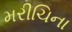
મરીચિના